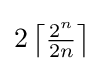
2\left\lceil {\tfrac {2^{n}}{2n}}\right\rceil